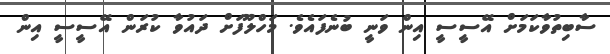
ސާބިތުވާކަމަށް އޭސީސީ އިން ވަނީ ބުނެފައެވެ. މަހްލޫފަށް ދައުވާ ކުރަން އޭސީސީ އިން